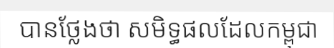
បានថ្លែងថា សមិទ្ធផលដែលកម្ពុជា